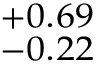
^ { + 0 . 6 9 } _ { - 0 . 2 2 }